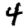
Digit: 4